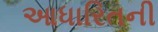
આધારિતની